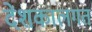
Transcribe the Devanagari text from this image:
देशकालगत